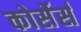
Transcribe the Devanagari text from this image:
कोर्सेर्स